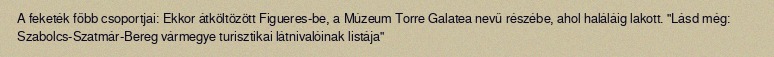
A feketék főbb csoportjai: Ekkor átköltözött Figueres-be, a Múzeum Torre Galatea nevű részébe, ahol haláláig lakott. "Lásd még: Szabolcs-Szatmár-Bereg vármegye turisztikai látnivalóinak listája"